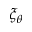
\xi _ { \theta }